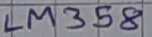
Text: LM358